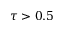
\tau > 0 . 5